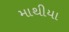
માથીયા